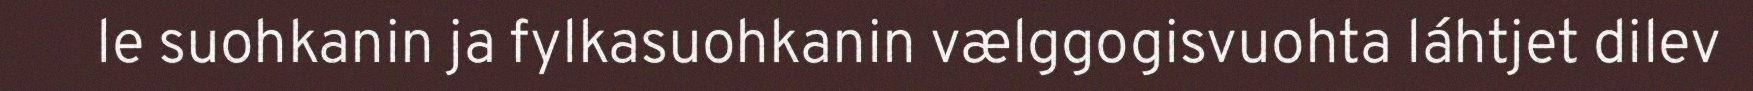
le suohkanin ja fylkasuohkanin vælggogisvuohta láhtjet dilev